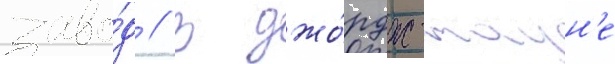
заво́д // В джо́рдж-таун'е